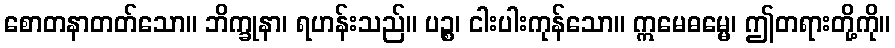
စောတနာတတ်သော။ ဘိက္ခုနာ၊ ရဟန်းသည်။ ပဉ္စ၊ ငါးပါးကုန်သော။ ဣမေဓမ္မေ၊ ဤတရားတို့ကို။